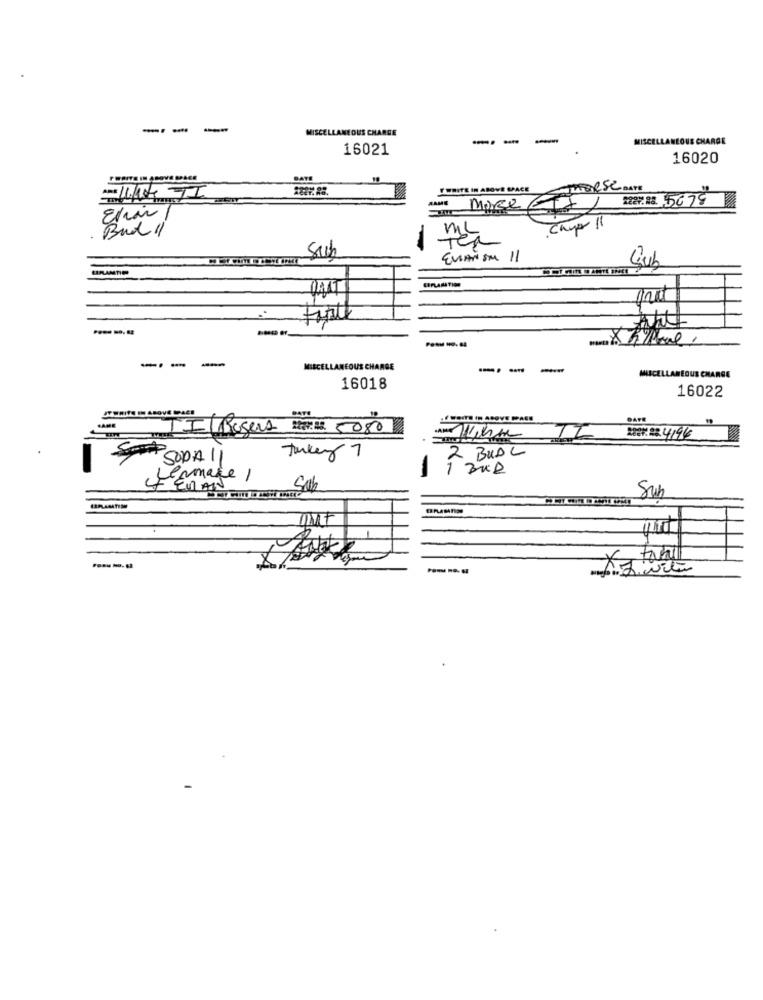
--
MISCELLANEOUS CHARGE
-- -
MISCELLANEOUS CHARGE
16021
16020
FERITE IN ABOVE MALCE
DATE
F WRITE IN ABOVE SPACE
JUDRSC DATE
AAME
2227.82 5679
Morse Et 1
Bud 11
Camer 11
Such
STRAMTIO
Sub
--
-
MISCELLANEOUS CHARGE
--
MISCELLANEOUS CHARGE
16018
16022
IT WRITE EN ABOVE WPAC
DATE
DATE
-E
Il Rogers
23.5. 5080
77
2287: 224196
2 BUDL
SOPA I
Turkey 7
firmace )
EMAN
Cash